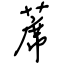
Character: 蓆